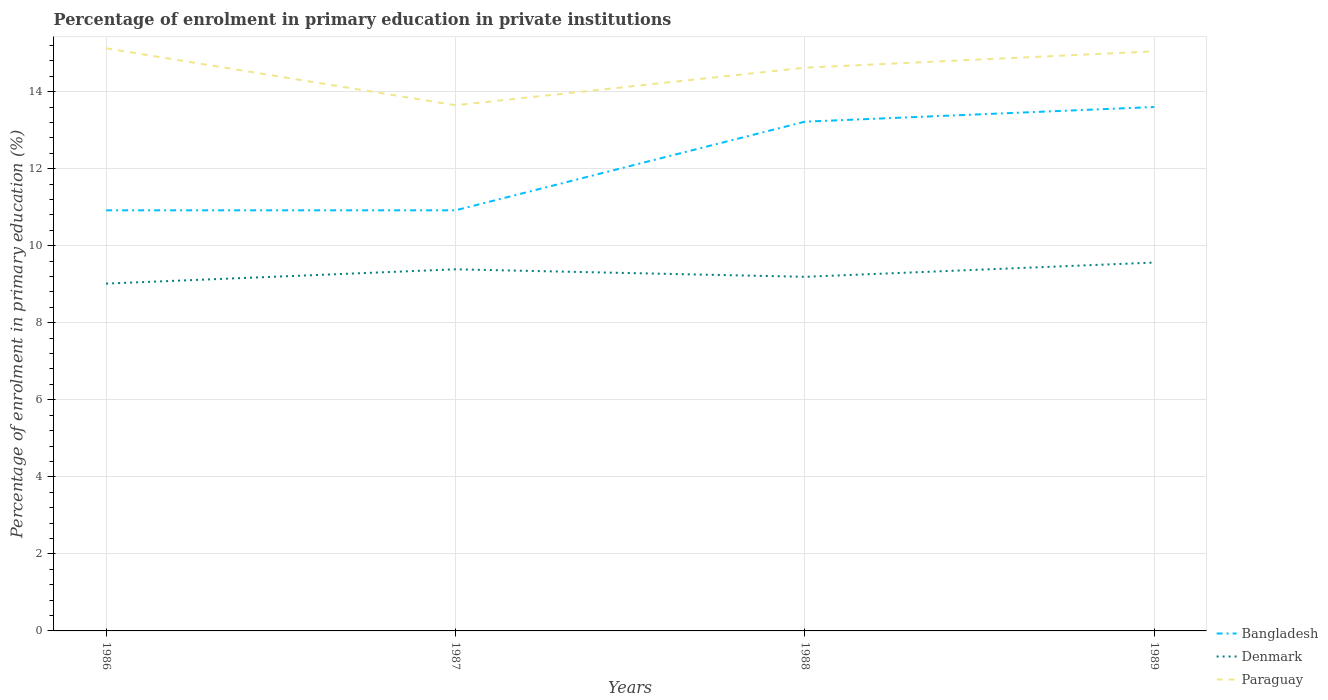
| Years | Bangladesh | Denmark | Paraguay |
 | --- | --- | --- | --- |
 | 1986 | 10.9 | 9.02 | 15.1 |
 | 1987 | 10.9 | 9.39 | 13.6 |
 | 1988 | 13.2 | 9.19 | 14.6 |
 | 1989 | 13.6 | 9.56 | 15 |